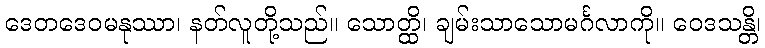
ဒေတဒေဝမနုဿာ၊ နတ်လူတို့သည်။ သောတ္ထိ၊ ချမ်းသာသောမင်္ဂလာကို။ ဝေဒသန္တိ၊